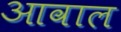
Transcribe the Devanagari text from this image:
आवाल